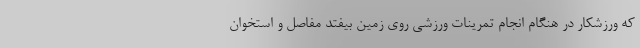
که ورزشکار در هنگام انجام تمرینات ورزشی روی زمین بیفتد مفاصل و استخوان